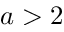
a > 2